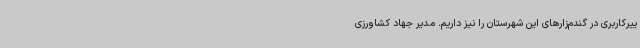
ییرکاربری در گندم‌زارهای این شهرستان را نیز داریم. مدیر جهاد کشاورزی